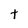
Character: t